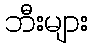
ဘီးများ